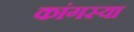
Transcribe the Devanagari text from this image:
कांगस्या